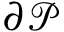
\partial \mathcal P